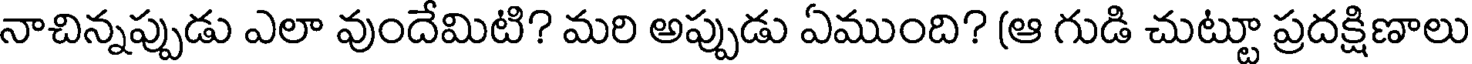
నాచిన్నప్పుడు ఎలా వుందేమిటి? మరి అప్పుడు ఏముంది? (ఆ గుడి చుట్టూ ప్రదక్షిణాలు